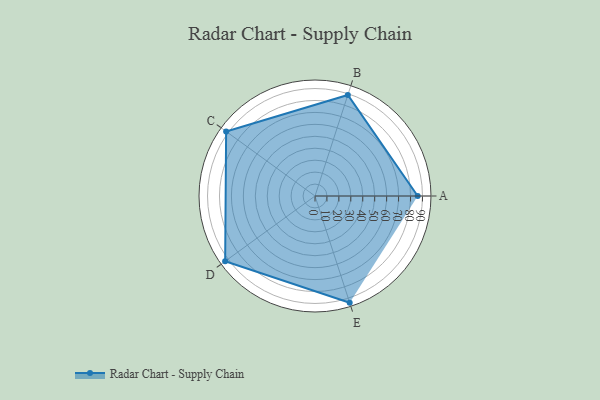
{"axis": {"x": "Skill", "y": "Score"}, "legend": ["Profile"], "data": [{"x": "A", "y": 86.0, "type": "Profile"}, {"x": "B", "y": 89.0, "type": "Profile"}, {"x": "C", "y": 92.0, "type": "Profile"}, {"x": "D", "y": 93.0, "type": "Profile"}, {"x": "E", "y": 94.0, "type": "Profile"}]}